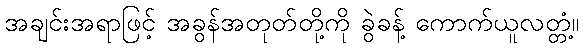
အချင်းအရာဖြင့် အခွန်အတုတ်တို့ကို ခွဲခန့် ကောက်ယူလတ္တံ့။